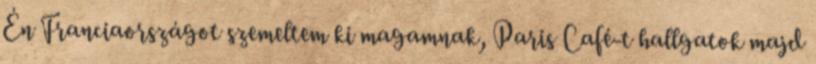
Én Franciaországot szemeltem ki magamnak, Paris Café-t hallgatok majd